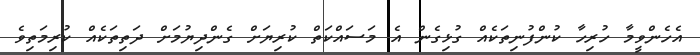
އެހެންވީމާ ހުރިހާ ކުންފުނިތަކެއް ގުޅިގެން އެ މަސައްކަތް ކުރިޔަށް ގެންދިޔުމަށް ދަތިތަކެއް ކުރިމަތިވެ